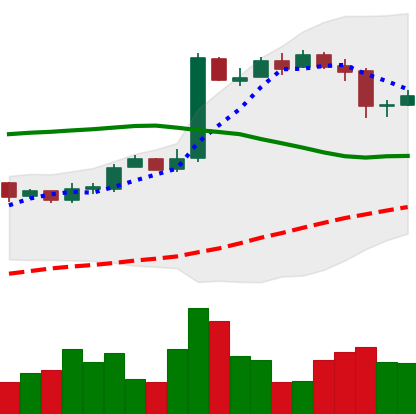
Ticker: BTC-USD
Chart end date: 2016-10-21
Forward return: 7.186%
Label: up_7plus